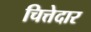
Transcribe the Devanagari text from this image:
चित्तेदार